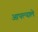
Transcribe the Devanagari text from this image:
आपल्याले